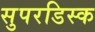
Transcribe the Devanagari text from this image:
सुपरडिस्क